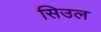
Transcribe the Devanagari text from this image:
सिउल